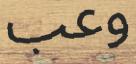
وعب